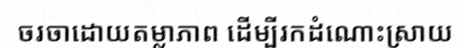
ចរចាដោយតម្លាភាព ដើម្បីរកដំណោះស្រាយ